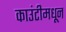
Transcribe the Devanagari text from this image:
काउंटीमधून